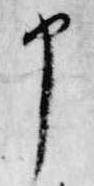
申